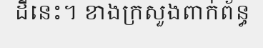
ដីនេះ។ ខាងក្រសួងពាក់ព័ន្ធ